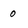
Character: o